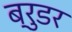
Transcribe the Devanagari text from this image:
ब्रुडर